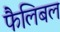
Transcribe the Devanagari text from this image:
फैलिबल